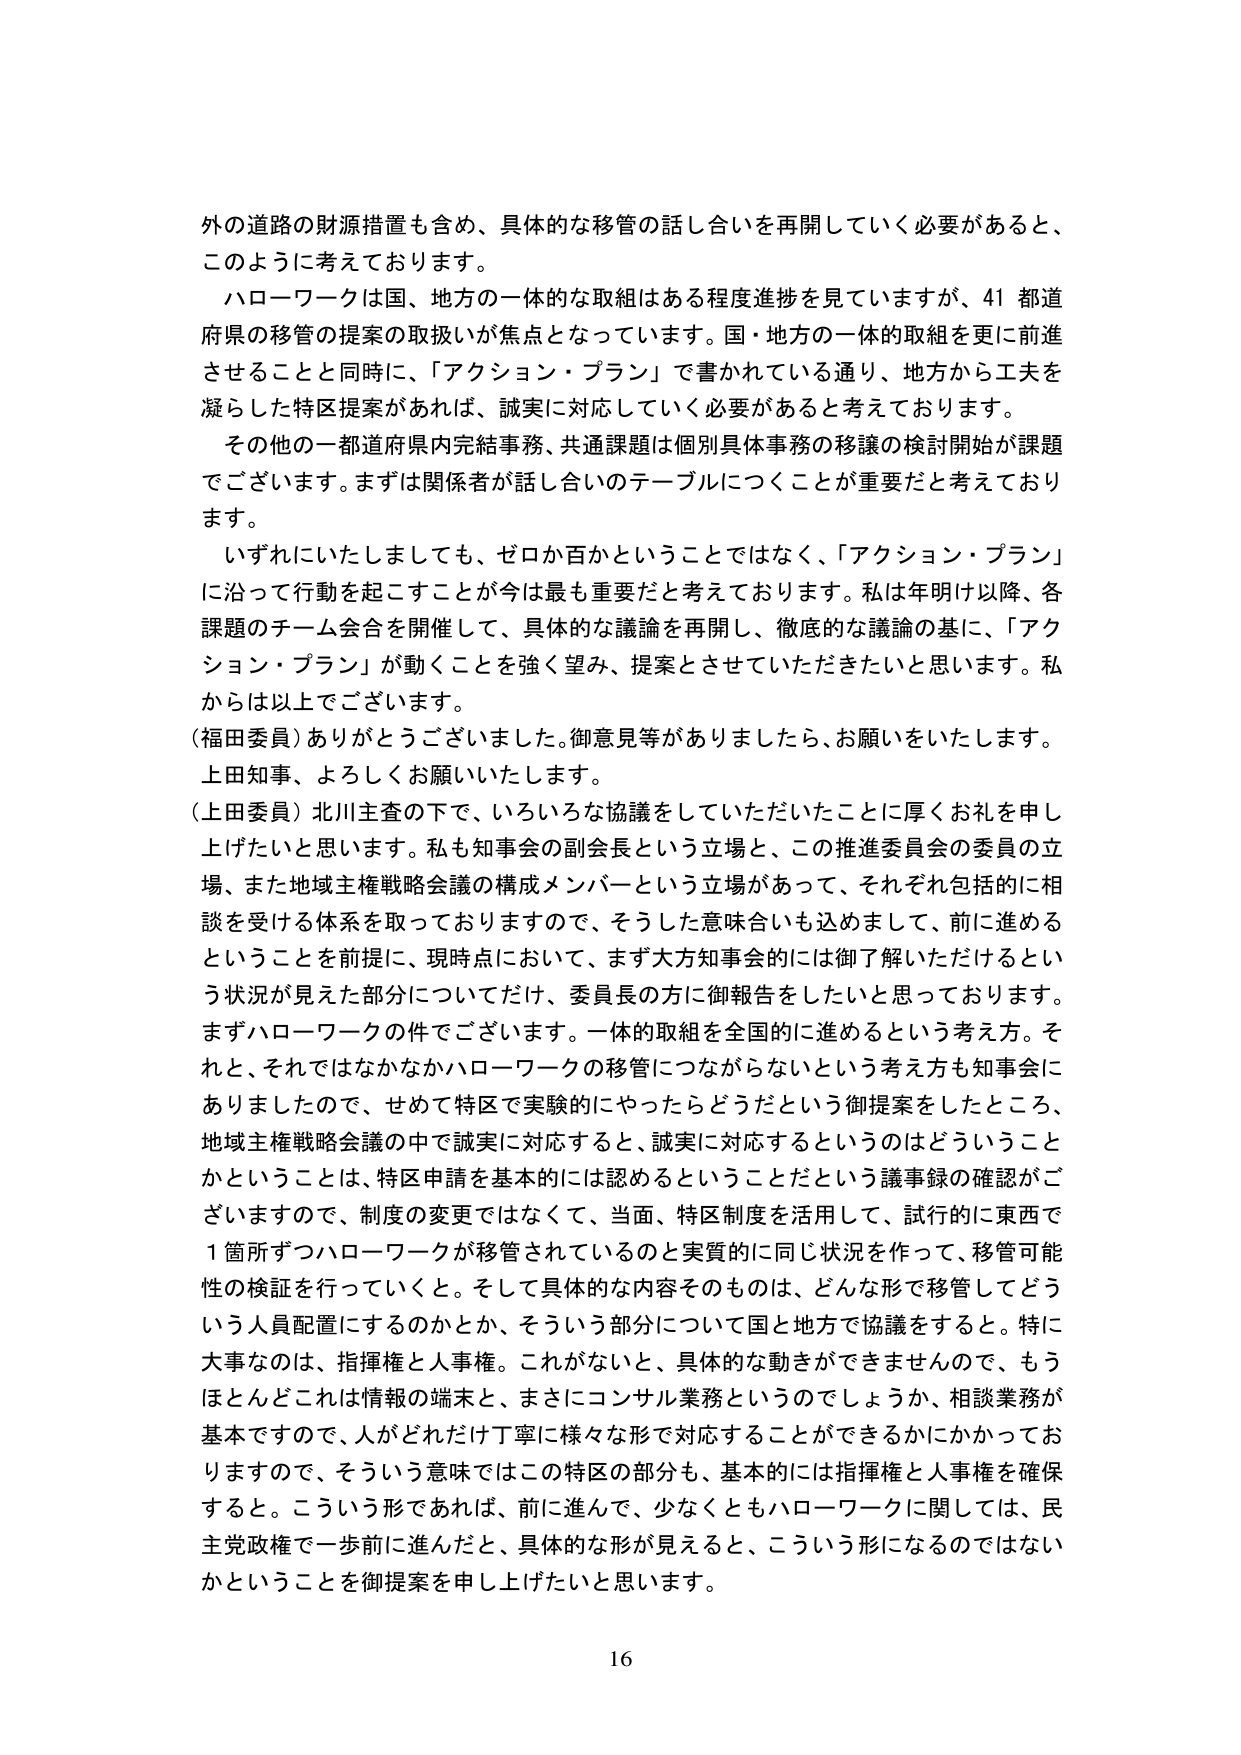
外の道路の財源措置も含め、具体的な移管の話し合いを再開していく必要があると、
このように考えております。
ハローワークは国、地方の一体的な取組はある程度進捗を見ていますが、41 都道
府県の移管の提案の取扱いが焦点となっています。国・地方の一体的取組を更に前進
させることと同時に、「アクション・プラン」で書かれている通り、地方から工夫を
凝らした特区提案があれば、誠実に対応していく必要があると考えております。
その他の一都道府県内完結事務、共通課題は個別具体事務の移譲の検討開始が課題
でございます。まずは関係者が話し合いのテーブルにつくことが重要だと考えており
ます。
いずれにいたしましても、ゼロか百かということではなく、「アクション・プラン」
に沿って行動を起こすことが今は最も重要だと考えております。私は年明け以降、各
課題のチーム会合を開催して、具体的な議論を再開し、徹底的な議論の基に、「アク
ション・プラン」が動くことを強く望み、提案とさせていただきたいと思います。私
からは以上でございます。
（福田委員）ありがとうございました。御意見等がありましたら、お願いをいたします。
上田知事、よろしくお願いいたします。
（上田委員）北川主査の下で、いろいろな協議をしていただいたことに厚くお礼を申し
上げたいと思います。私も知事会の副会長という立場と、この推進委員会の委員の立
場、また地域主権戦略会議の構成メンバーという立場があって、それぞれ包括的に相
談を受ける体系を取っておりますので、そうした意味合いも込めまして、前に進める
ということを前提に、現時点において、まず大方知事会的には御了解いただけるとい
う状況が見えた部分についてだけ、委員長の方に御報告をしたいと思っております。
まずハローワークの件でございます。一体的取組を全国的に進めるという考え方。そ
れと、それではなかなかハローワークの移管につながらないという考え方も知事会に
ありましたので、せめて特区で実験的にやったらどうだという御提案をしたところ、
地域主権戦略会議の中で誠実に対応すると、誠実に対応するというのはどういうこと
かということは、特区申請を基本的には認めるということだという議事録の確認がご
ざいますので、制度の変更ではなくて、当面、特区制度を活用して、試行的に東西で
1 箇所ずつハローワークが移管されているのと実質的に同じ状況を作って、移管可能
性の検証を行っていくと。そして具体的な内容そのものは、どんな形で移管してどう
いう人員配置にするのかとか、そういう部分について国と地方で協議をすると。特に
大事なのは、指揮権と人事権。これがないと、具体的な動きができませんので、もう
ほとんどこれは情報の端末と、まさにコンサル業務というのでしょうか、相談業務が
基本ですので、人がどれだけ丁寧に様々な形で対応することができるかにかかってお
りますので、そういう意味ではこの特区の部分も、基本的には指揮権と人事権を確保
すると。こういう形であれば、前に進んで、少なくともハローワークに関しては、民
主党政権で一歩前に進んだと、具体的な形が見えると、こういう形になるのではない
かということを御提案を申し上げたいと思います。
16